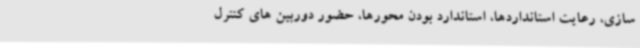
سازی، رعایت استانداردها، استاندارد بودن محورها، حضور دوربین های کنترل